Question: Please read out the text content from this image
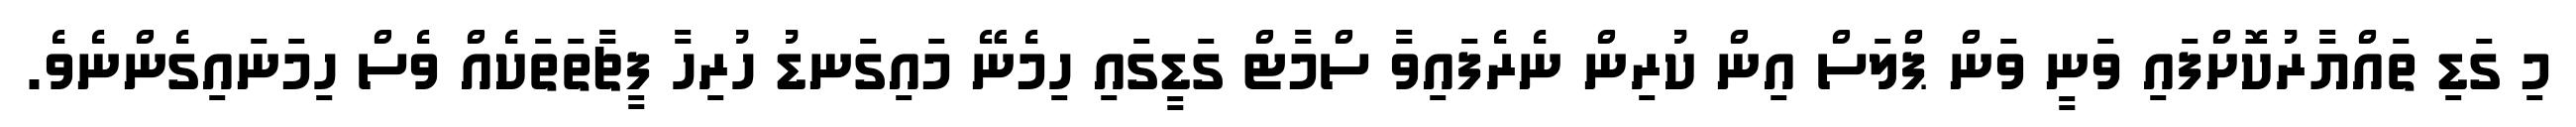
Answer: މި ގަޑި ތައްޔާރުކޮށްފައި ވަނީ ވަން ޕްލަސް އިން ކުރިން ނެރެފައިވާ ސްމާޓް ގަޑީގައި ހިމެނޭ މައިގަނޑު ހުރިހާ ފީޗާތަތަކެއް ވެސް ހިމަނައިގެންނެވެ.